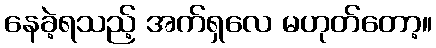
နေခဲ့ရသည့် အက်ရှလေ မဟုတ်တော့။